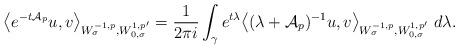
LaTeX: \begin{align*} \big\langle e^{- t \mathcal{A}_p} u , v \big\rangle_{W^{-1 , p}_{\sigma} , W^{1 , p^{\prime}}_{0 , \sigma}} = \frac{1}{2 \pi i} \int_{\gamma} e^{t \lambda} \big\langle (\lambda + \mathcal{A}_p)^{-1} u , v \big\rangle_{W^{-1 , p}_{\sigma} , W^{1 , p^{\prime}}_{0 , \sigma}} \; d \lambda.\end{align*}